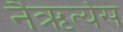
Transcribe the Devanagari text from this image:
नैऋर्त्येस